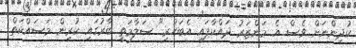
ކުދިންނަށް ވެސް އެ މަންޒަރު ދައްކާފައި އެބަހުރި" ސަލާމަތީ ބާރުގައި ކުރިން މަސައްކަތް